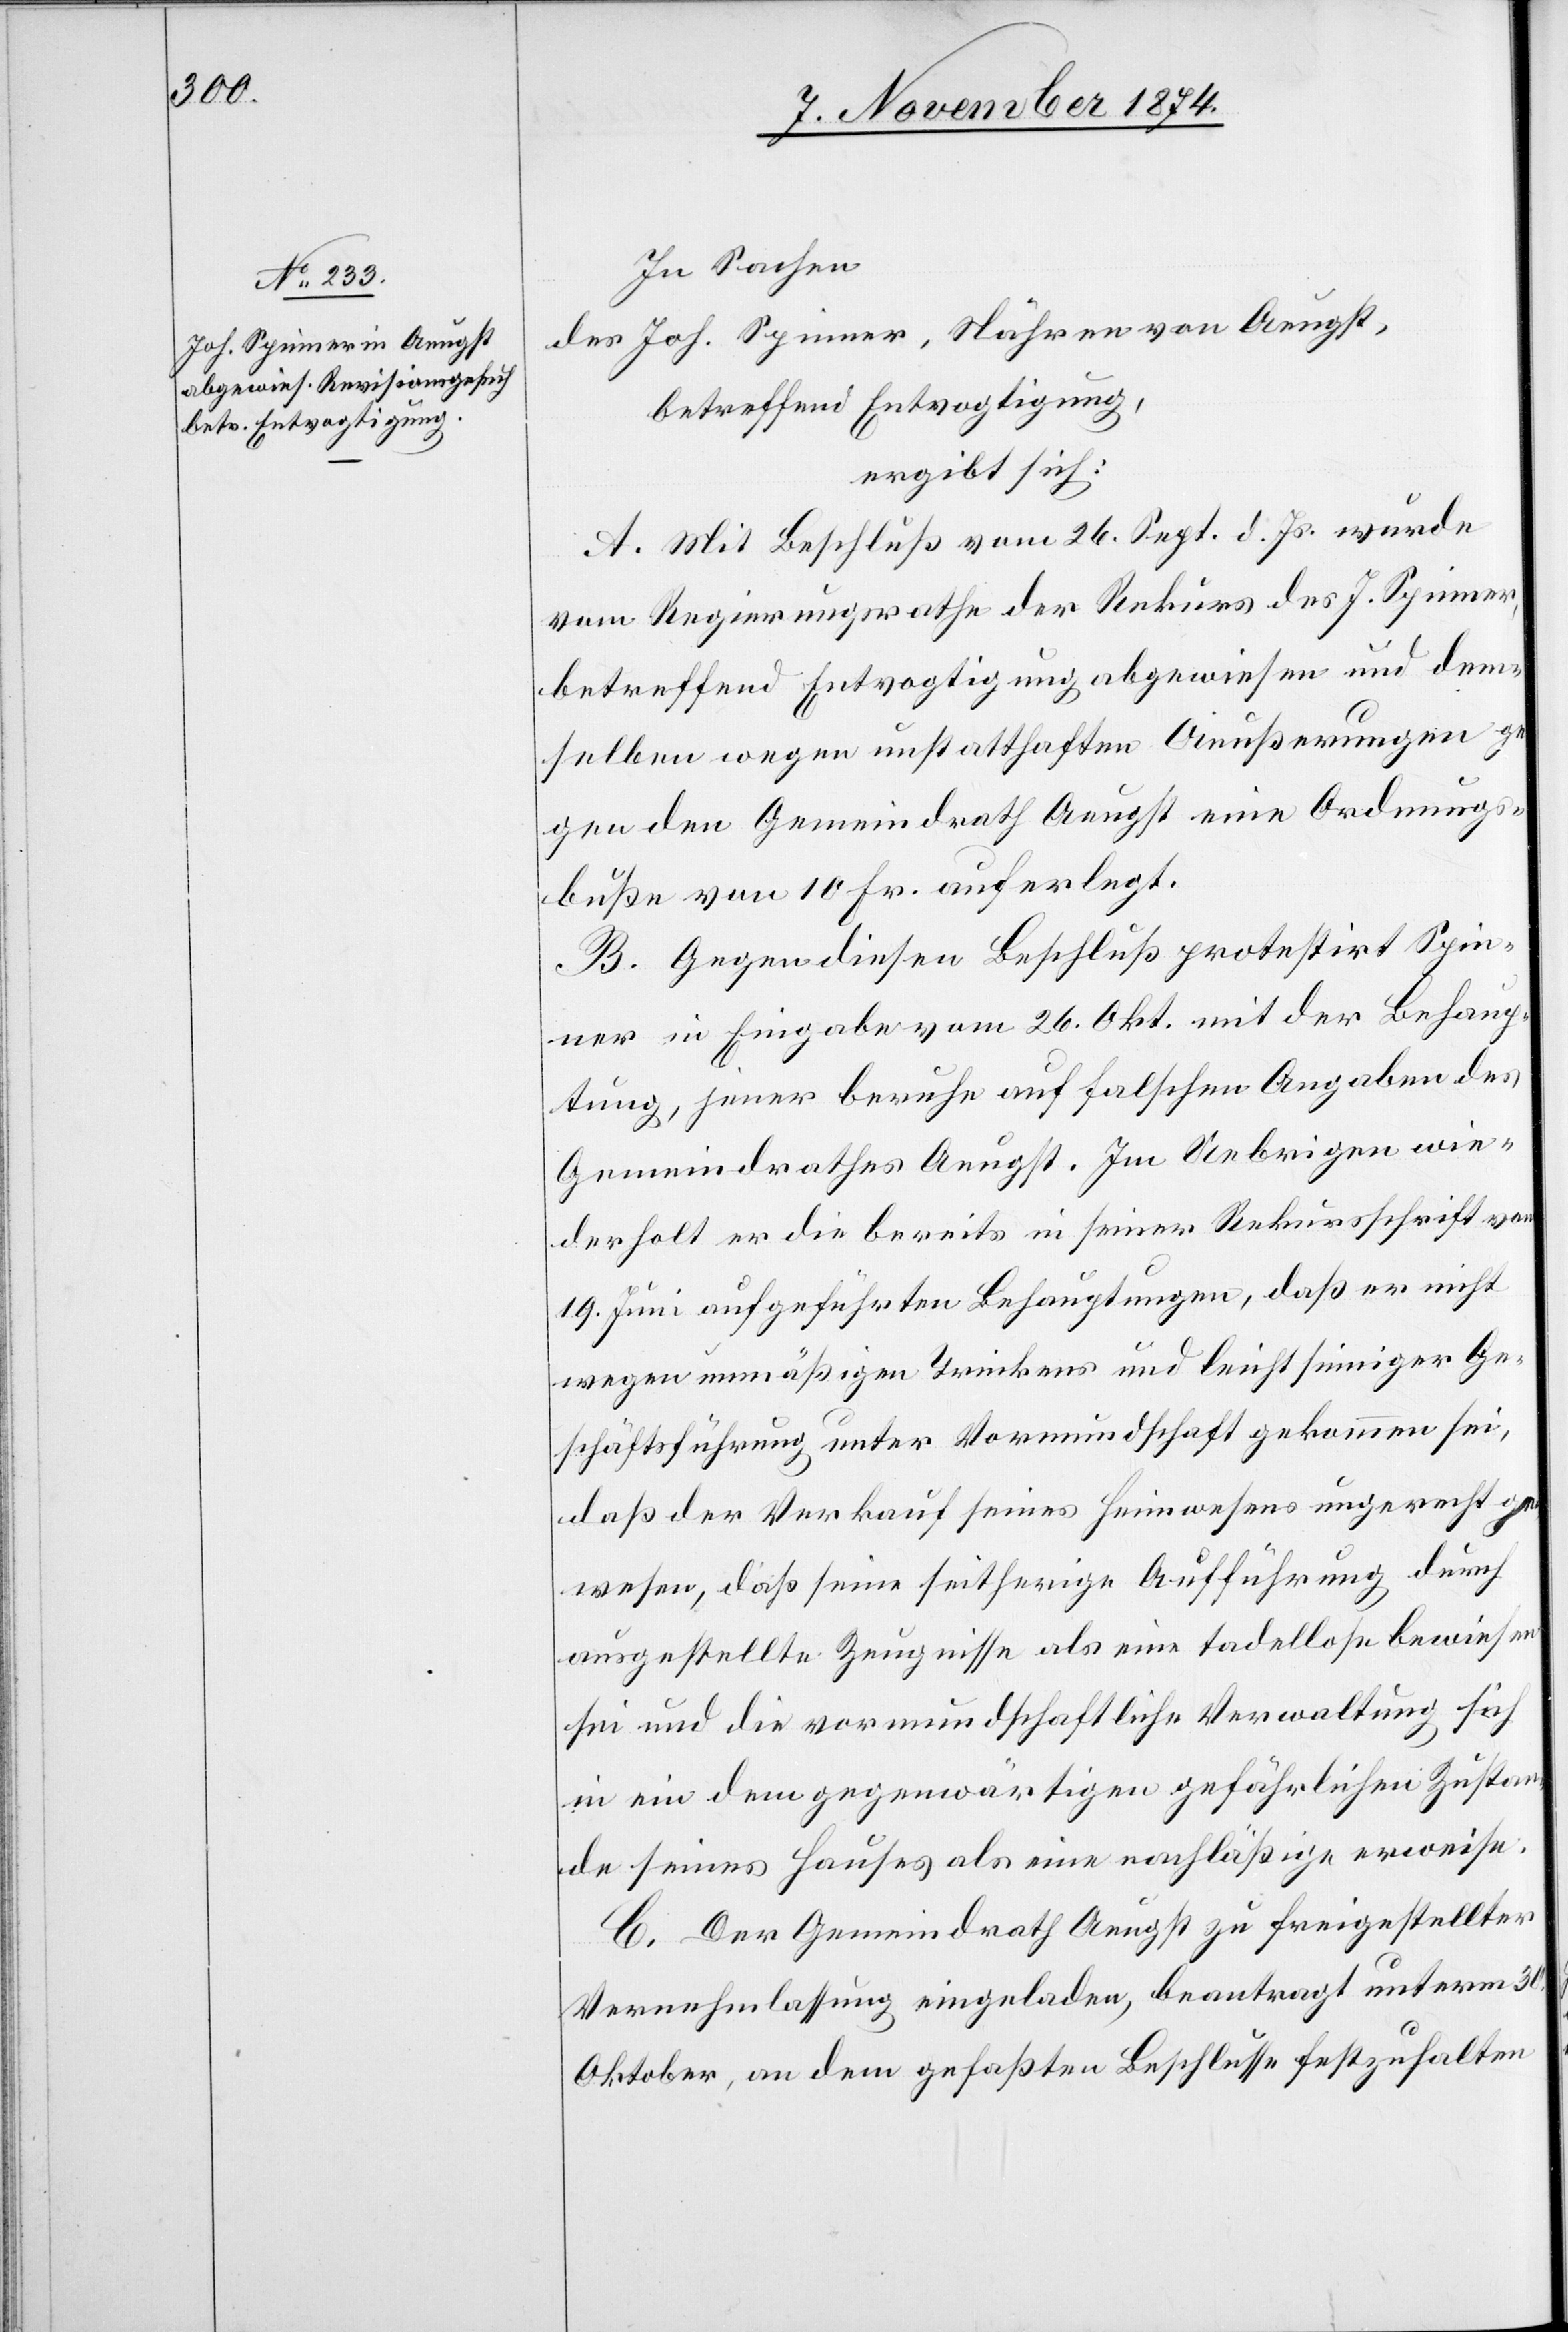
In Sachen
des Joh. Spinner, Nähren von Aeugst,
betreffend Entvogtigung,
ergibt sich:
A. Mit Beschluß vom 26. Sept. d. Js. wurde
vom Regierungsrathe der Rekurs des J. Spinner,
betreffend Entvogtigung abgewiesen und dem¬
selben wegen unstatthaften Aeußerungen ge¬
gen den Gemeindrath Aeugst eine Ordnungs¬
buße von 10 Fr. auferlegt.
B. Gegen diesen Beschluß protestirt Spin¬
ner in Eingabe vom 26. Okt. mit der Behaup¬
tung, jener beruhe auf falschen Angaben des
Gemeindrathes Aeugst. Im Uebrigen wie¬
derholt er die bereits in seiner Rekursschrift vom
19. Juni aufgeführten Behauptungen, daß er nicht
wegen unmäßigen Trinkens und leichtsinniger Ge¬
schäftsführung unter Vormundschaft gekommen sei,
daß der Verkauf seines Heimwesens ungerecht ge¬
wesen, daß seine seitherige Aufführung durch
ausgestellte Zeugnisse als eine tadellose bewiesen
sei und die vormundschaftliche Verwaltung sich
in ein dem gegenwärtigen gefährlichen Zusta¬
nde seines Hauses als eine nachläßige erweise.
C. Der Gemeindrath Aeugst zu freigestellter
Vernehmlassung eingeladen, beantragt unterm 30.
Oktober, an dem gefaßten Beschlusse festzuhalten